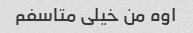
اوه من خیلی متاسفم